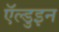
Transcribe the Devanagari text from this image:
ऍल्डुइन